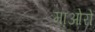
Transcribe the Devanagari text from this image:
माओरो